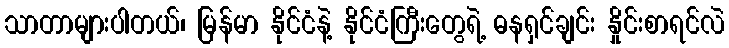
သာတာများပါတယ်၊ မြန်မာ နိုင်ငံနဲ့ နိုင်ငံကြီးတွေရဲ့ ဓနရှင်ချင်း နှိုင်းစာရင်လဲ